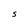
Character: S